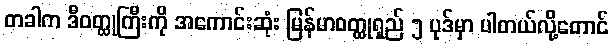
တခါက ဒီဝတ္ထုကြီးကို အကောင်းဆုံး မြန်မာဝတ္ထုရှည် ၅ ပုဒ်မှာ ပါတယ်လို့တောင်